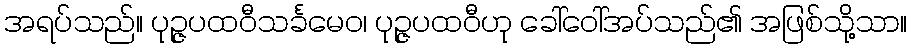
အရပ်သည်။ ပုဉ္ဇပထဝီသင်္ခမေဝ၊ ပုဉ္ဇပထဝီဟု ခေါ်ဝေါ်အပ်သည်၏ အဖြစ်သို့သာ။